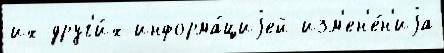
их друг'и́х информа́циjей изм'ен'е́н'иjа